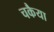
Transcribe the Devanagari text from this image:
चकैया